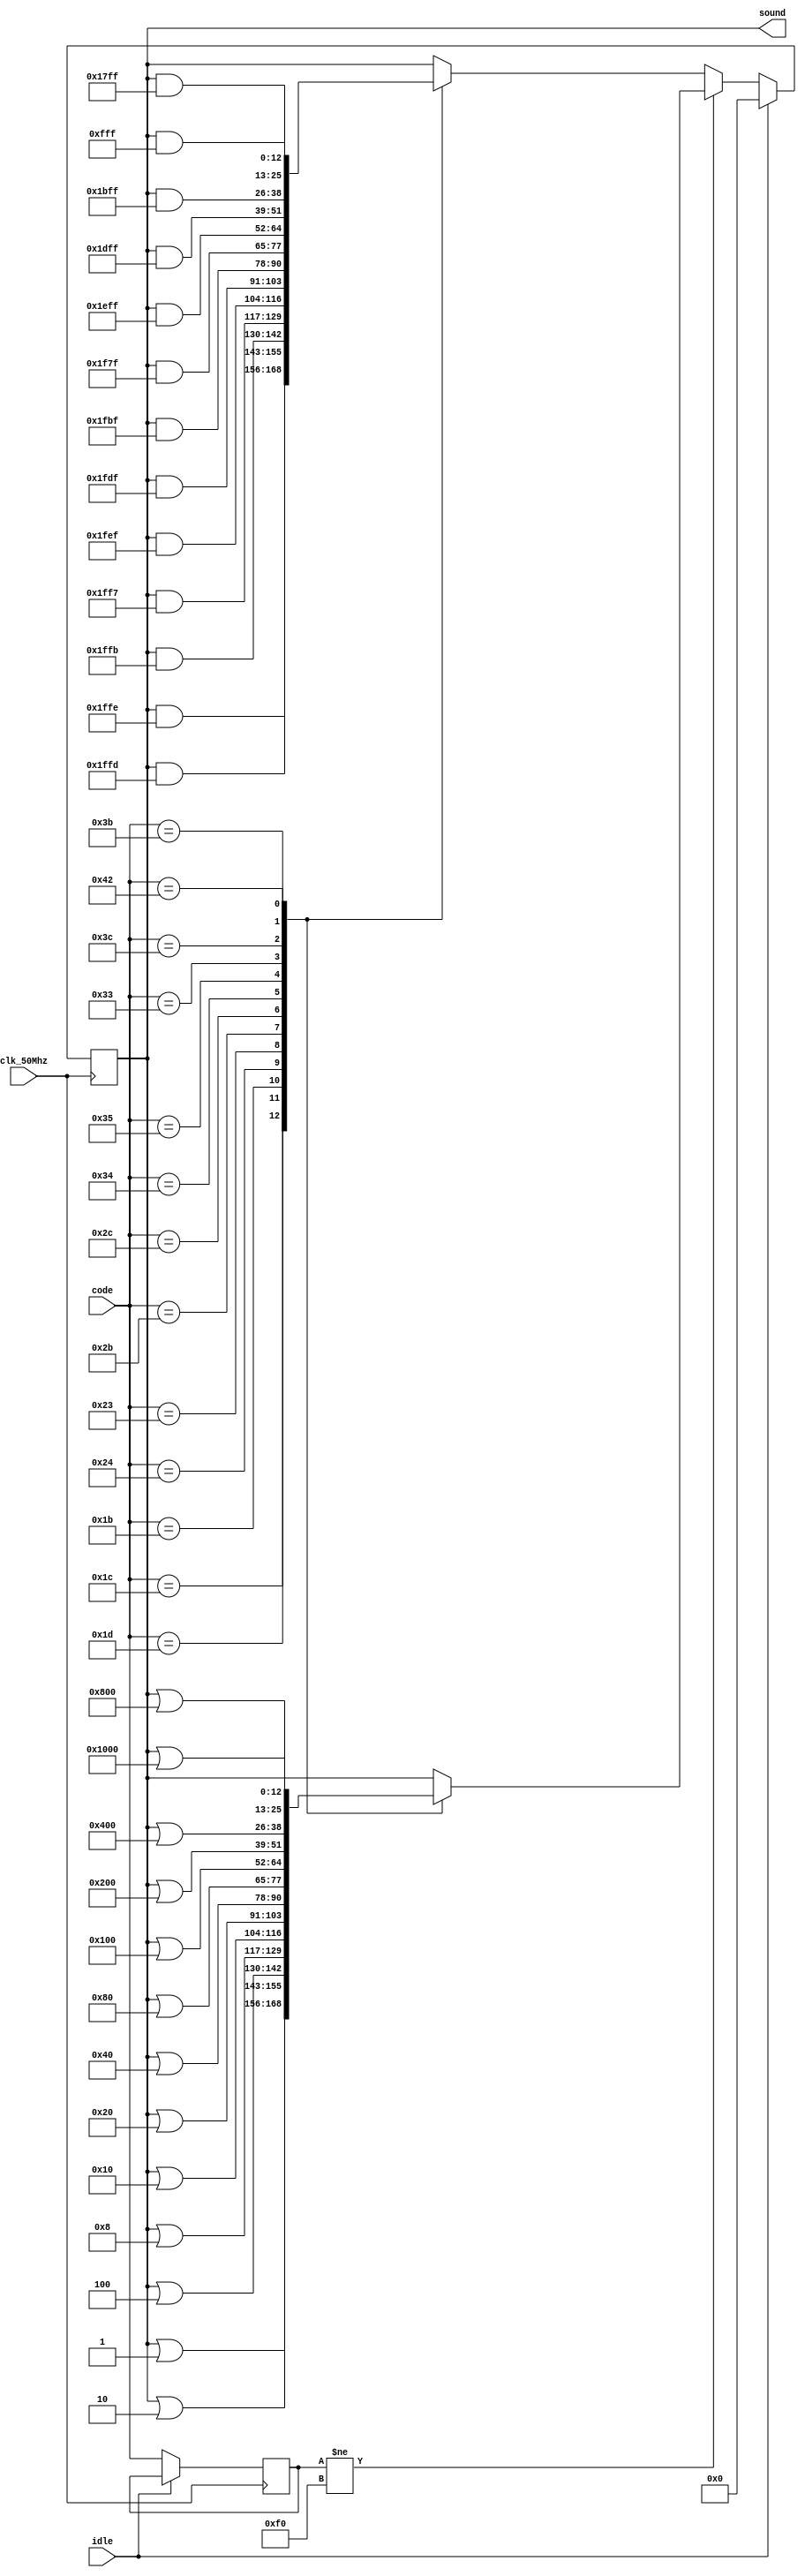
`timescale 1ns / 1ps
//////////////////////////////////////////////////////////////////////////////////
// Company: 
// Engineer: 
// 
// Design Name: 
// Module Name:    code_sound 
// Project Name: 
// Target Devices: 
// Tool versions: 
// Description: 
//
// Dependencies: 
//
// Revision: 
// Revision 0.01 - File Created
// Additional Comments: 
//
//////////////////////////////////////////////////////////////////////////////////
module code_sound(idle,clk_50Mhz,code,sound);

input wire [7:0] code;
input wire clk_50Mhz;
input wire idle;

output reg [12:0] sound;



reg [7:0] key_control;
reg count;

initial begin
	count <= 0;
	key_control <= 0;
	sound <= 0;
end

reg [7:0] prev_code;
reg [7:0] prev_note;


always @ (posedge clk_50Mhz) begin
	if (idle == 0) begin
		if ((prev_code != 8'hF0)) begin //&& (code != prev_note)) begin
			case(code)
				8'h1c: sound <= sound | 13'b1;             //key A, note C4
				8'h1d: sound <= sound | 13'b10;            //key W, note Cs4
				8'h1b: sound <= sound | 13'b100;           //key S, note D4
				8'h24: sound <= sound | 13'b1000;          //key E, note Ds4
				8'h23: sound <= sound | 13'b10000;         //key D, note E4
				8'h2b: sound <= sound | 13'b100000;        //key F, note F4
				8'h2c: sound <= sound | 13'b1000000;       //key T, note Fs4
				8'h34: sound <= sound | 13'b10000000;      //key G, note G4
				8'h35: sound <= sound | 13'b100000000;     //key Y, note Gs4
				8'h33: sound <= sound | 13'b1000000000;    //key H, note A4
				8'h3c: sound <= sound | 13'b10000000000;   //key U, note As4
				8'h3b: sound <= sound | 13'b100000000000;  //key J, note B4
				8'h42: sound <= sound | 13'b1000000000000; //key K, note C5
			default: sound <= sound;
			endcase
		end else begin
			case (code)
				8'h1c: sound <= sound & 13'b1111111111110;             //key A, note C4
				8'h1d: sound <= sound & 13'b1111111111101;            //key W, note Cs4
				8'h1b: sound <= sound & 13'b1111111111011;           //key S, note D4
				8'h24: sound <= sound & 13'b1111111110111;          //key E, note Ds4
				8'h23: sound <= sound & 13'b1111111101111;         //key D, note E4
				8'h2b: sound <= sound & 13'b1111111011111;        //key F, note F4
				8'h2c: sound <= sound & 13'b1111110111111;       //key T, note Fs4
				8'h34: sound <= sound & 13'b1111101111111;      //key G, note G4
				8'h35: sound <= sound & 13'b1111011111111;     //key Y, note Gs4
				8'h33: sound <= sound & 13'b1110111111111;    //key H, note A4
				8'h3c: sound <= sound & 13'b1101111111111;   //key U, note As4
				8'h3b: sound <= sound & 13'b1011111111111;  //key J, note B4
				8'h42: sound <= sound & 13'b0111111111111; //key K, note C5
				default: sound <= sound;
			endcase
	//	prev_note = code;
		end
		prev_code = code;
	end
	else begin
	sound <= 0;
	end
end

endmodule